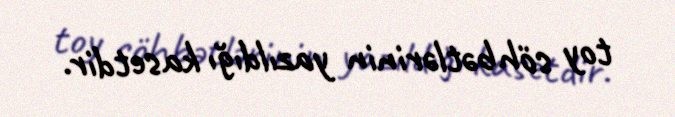
toy söhbətlərinin yazıldığı kasetdir.